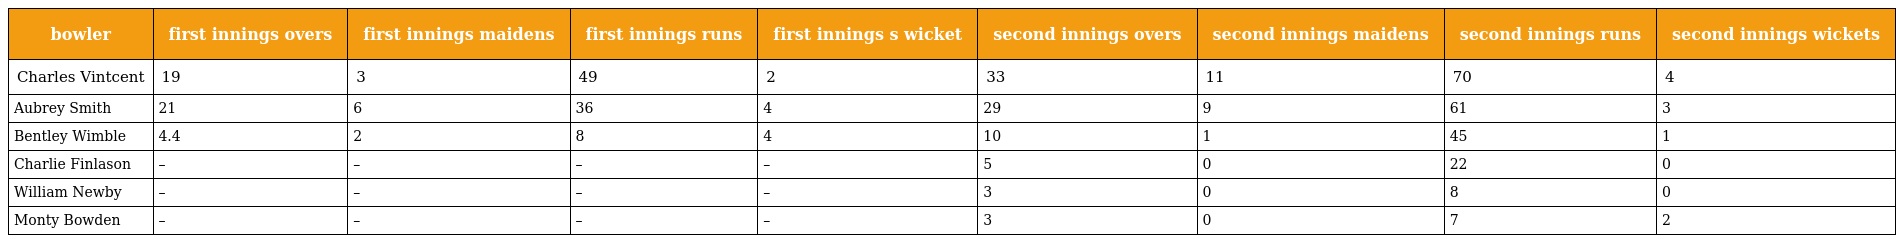
| bowler | first innings overs | first innings maidens | first innings runs | first innings s wicket | second innings overs | second innings maidens | second innings runs | second innings wickets |
 | --- | --- | --- | --- | --- | --- | --- | --- | --- |
 | Charles Vintcent | 19 | 3 | 49 | 2 | 33 | 11 | 70 | 4 |
 | Aubrey Smith | 21 | 6 | 36 | 4 | 29 | 9 | 61 | 3 |
 | Bentley Wimble | 4.4 | 2 | 8 | 4 | 10 | 1 | 45 | 1 |
 | Charlie Finlason | – | – | – | – | 5 | 0 | 22 | 0 |
 | William Newby | – | – | – | – | 3 | 0 | 8 | 0 |
 | Monty Bowden | – | – | – | – | 3 | 0 | 7 | 2 |